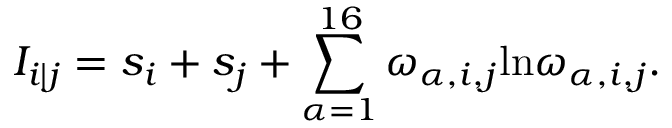
I _ { i | j } = s _ { i } + s _ { j } + \sum _ { \alpha = 1 } ^ { 1 6 } \omega _ { \alpha , i , j } \mathrm { l n } \omega _ { \alpha , i , j } .